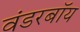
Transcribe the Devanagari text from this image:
वंडरबॉय